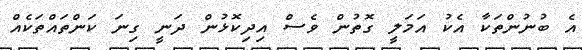
އެ ބުނުންތަކާ އެކު އަމަލީ ގޮތުން ވެސް އިދިކޮޅުން ދަނީ ގިނަ ކަންތައްތަކެއް